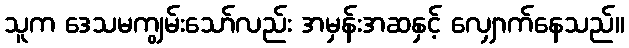
သူက ဒေသမကျွမ်းသော်လည်း အမှန်းအဆနှင့် လျှောက်နေသည်။